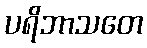
ပရိဘာသတေ